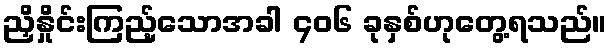
ညှိနှိုင်းကြည့်သောအခါ ၄၀၆ ခုနှစ်ဟုတွေ့ရသည်။